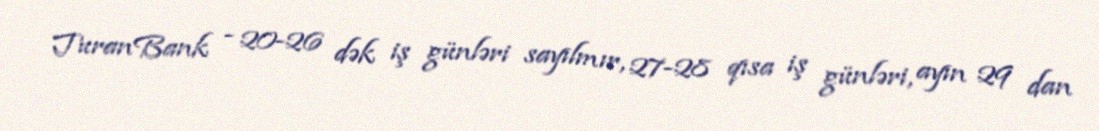
TuranBank - 20-26 dək iş günləri sayılmır, 27-28 qısa iş günləri, ayın 29 dan